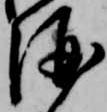
酒